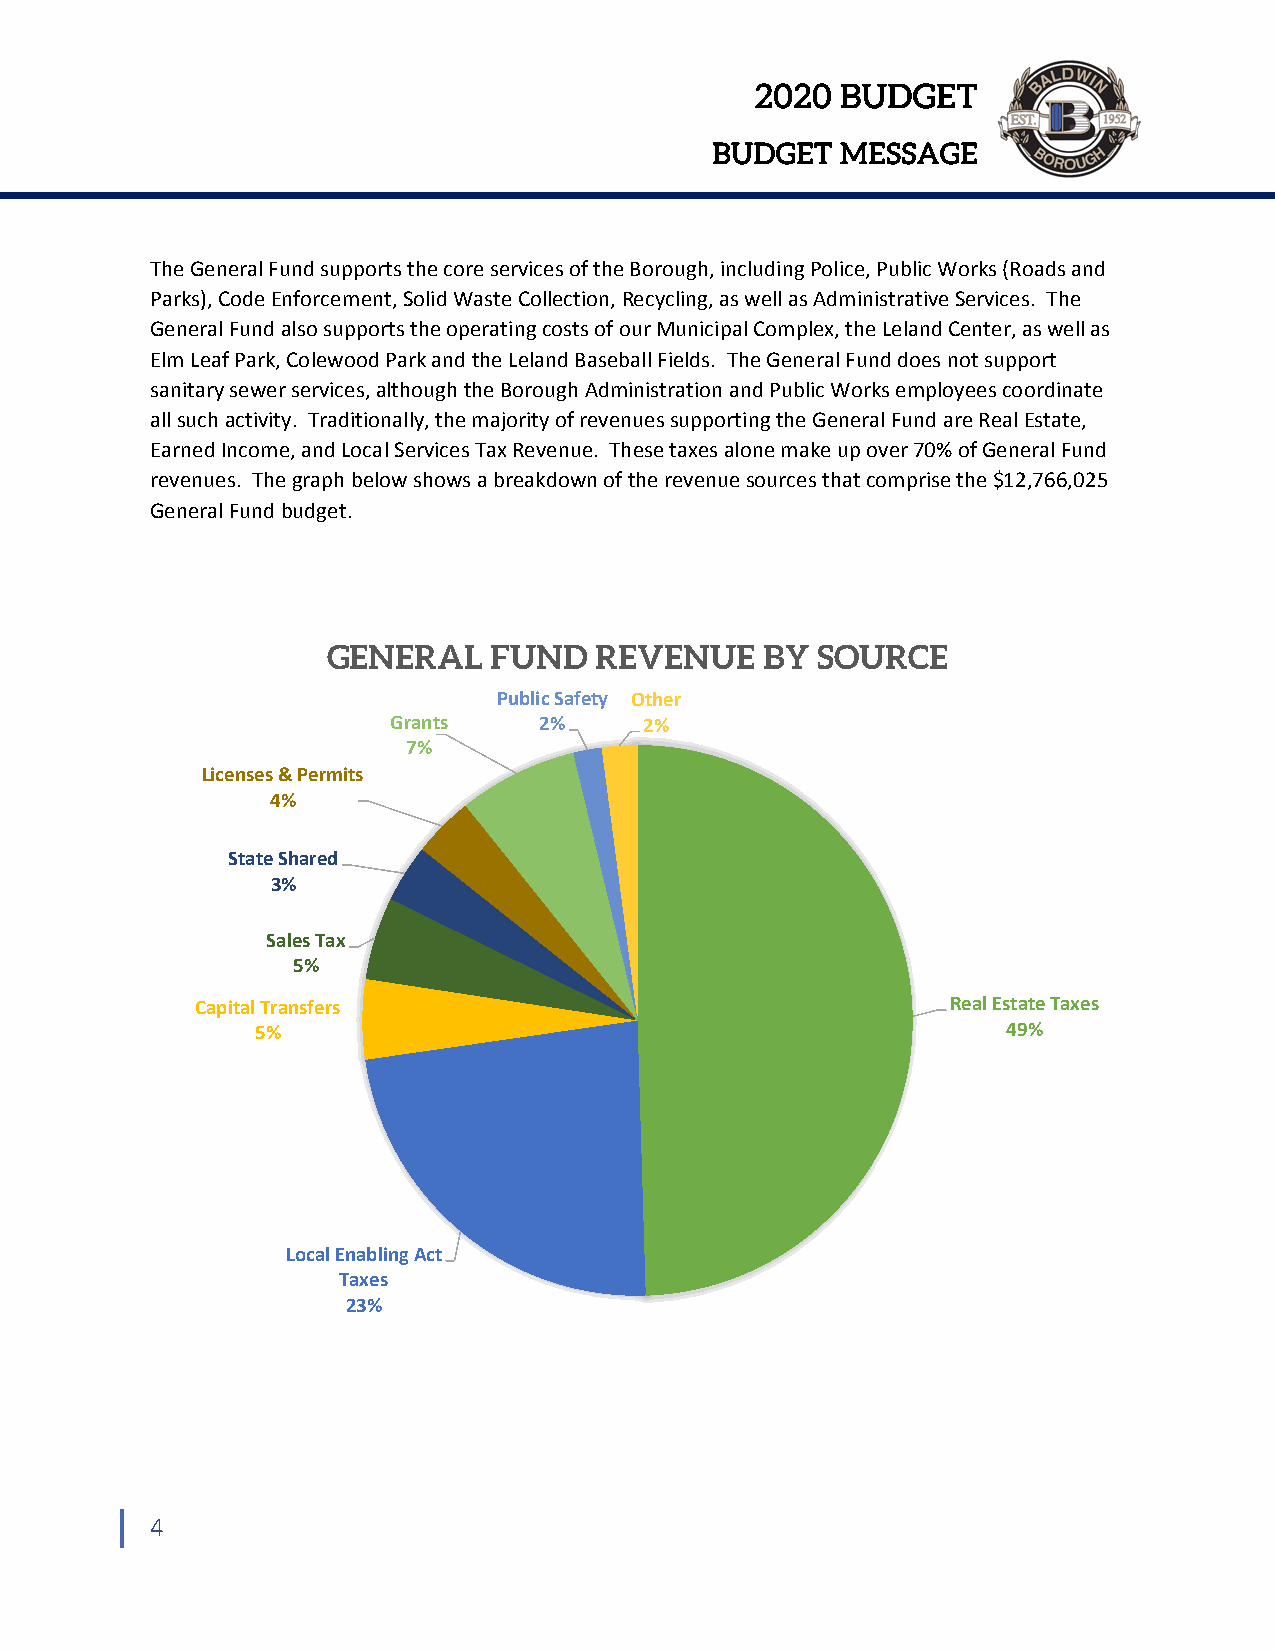
2020  BUDGET
 BUDGET   MESSAGE
 The General Fund supports the core services of the Borough, including Police, Public Works (Roads and
 Parks), Code Enforcement, Solid Waste Collection, Recycling, as well as Administrative Services. The
 General Fund also supports the operating costs of our Municipal Complex, the Leland Center, as well as
 Elm Leaf Park, Colewood Park and the Leland Baseball Fields. The General Fund does not support
 sanitary sewer services, although the Borough Administration and Public Works employees coordinate
 all such activity. Traditionally, the majority of revenues supporting the General Fund are Real Estate,
 Earned Income, and Local Services Tax Revenue. These taxes alone make up over 70% of General Fund
 revenues. The graph below shows a breakdown of the revenue sources that comprise the $12,766,025
 General Fund budget.
 GENERAL    FUND  REVENUE     BY SOURCE
 Public Safety Other
 Grants    2%     2%
 7%
 Licenses & Permits
 4%
 State Shared
 3%
 Sales Tax
 5%
 Capital Transfers                                 Real Estate Taxes
 5%                                                49%
 Local Enabling Act
 Taxes
 23%
 4